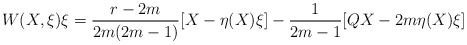
\begin{align*} W(X,\xi)\xi = \frac{r-2m}{2m(2m-1)}[X - \eta(X)\xi] - \frac{1}{2m-1}[QX - 2m\eta(X)\xi]\end{align*}